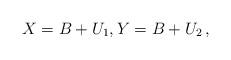
LaTeX: \begin{align*}X=B+U_1, Y=B+U_2\,,\end{align*}